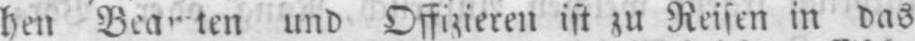
und Offizieren ist zu Reisen in das